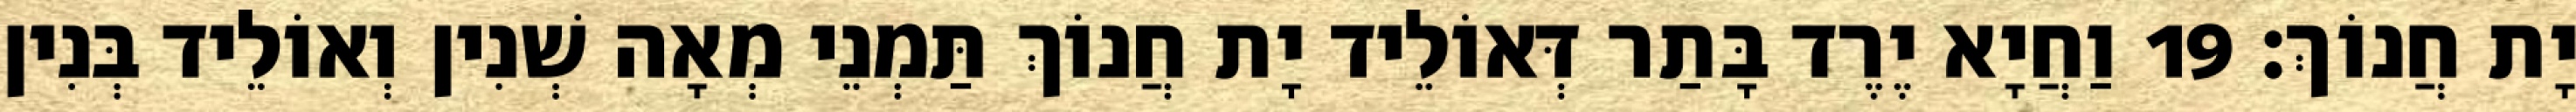
יָת חֲנוֹךְ׃ 19 וַחֲיָא יֶרֶד בָּתַר דְּאוֹלֵיד יָת חֲנוֹךְ תַּמְנֵי מְאָה שְׁנִין וְאוֹלֵיד בְּנִין